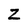
Character: Z